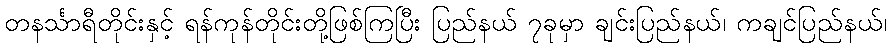
တနင်္သာရီတိုင်းနှင့် ရန်ကုန်တိုင်းတို့ဖြစ်ကြပြီး ပြည်နယ် ၇ခုမှာ ချင်းပြည်နယ်၊ ကချင်ပြည်နယ်၊